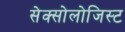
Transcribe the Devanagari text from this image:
सेक्सोलोजिस्ट